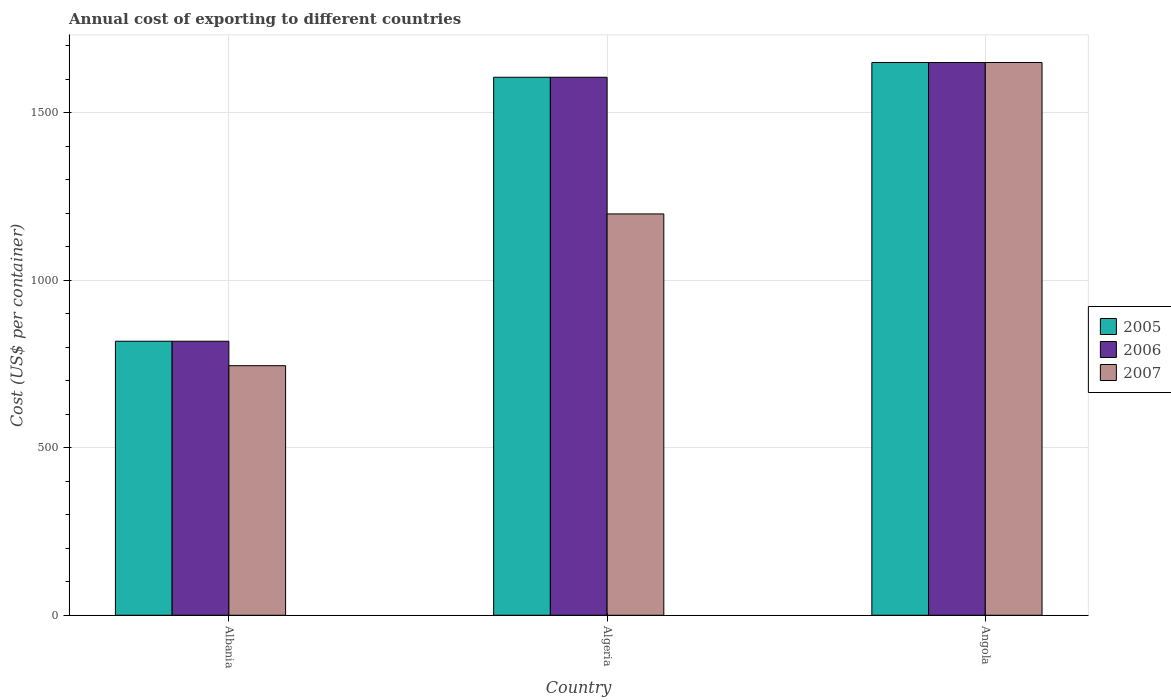
| Country | 2005 | 2006 | 2007 |
 | --- | --- | --- | --- |
 | Albania | 818 | 818 | 745 |
 | Algeria | 1.61e+03 | 1.61e+03 | 1.2e+03 |
 | Angola | 1.65e+03 | 1.65e+03 | 1.65e+03 |